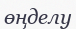
өңделу